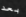
بعد